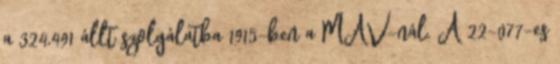
a 324,491 állt szolgálatba 1915-ben a MÁV-nál. A 22-077-es